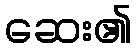
ဆေး၏